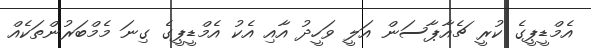
އެމްޑީޕީގެ ކުރީ ޗެއާޕާސަން އަލީ ވަހީދު އާއި އެކު އެމްޑީޕީގެ ގިނަ މެމްބަރުންތަކެއް